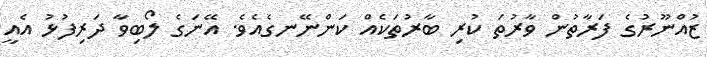
ޒުއްނޫރުގެ ފަރާތުން ވާރުތަ ކުރި ބާރުތަކެއް ކަންނޭނގެއެވެ. އޭނަގެ ލޯބިވާ ދަރިފުޅު އެއީ